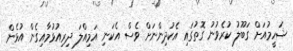
ޝަހީމުއަށް ގަބޫލު ކުރެވުނު ގޮތުގައި އެކުދިންނަށް ވެސް އެކަނި އަމިއްލަ ދިރިއުޅުމާއިގެން އުޅެން